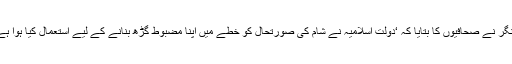
لندن میں ایم آئی 6 کے ہیڈکوارٹرز میں ایلکس ینگر نے صحافیوں کا بتایا کہ ‘دولت اسلامیہ نے شام کی صورتحال کو خطے میں اپنا مضبوط گڑھ بنانے کے لیے استعمال کیا ہوا ہے اور مغرب کے خلاف جنگ چھیڑی ہوئی ہے۔